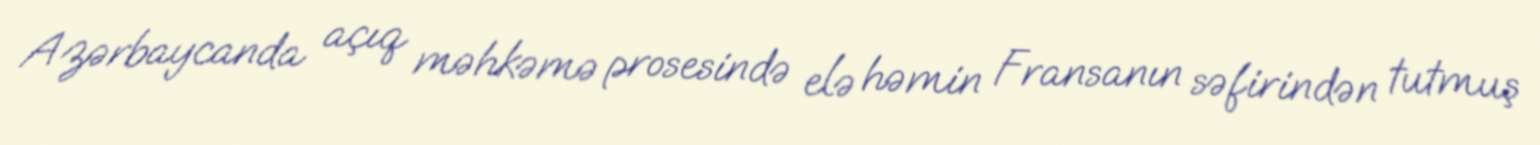
Azərbaycanda açıq məhkəmə prosesində elə həmin Fransanın səfirindən tutmuş